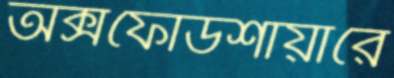
অক্সফোর্ডশায়ারে